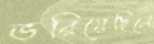
ভরিয়েছিলে